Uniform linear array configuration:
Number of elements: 24
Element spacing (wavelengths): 0.25
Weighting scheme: cosine
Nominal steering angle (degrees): -30
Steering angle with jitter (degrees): -29.308
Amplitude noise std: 0.05
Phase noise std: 0.05

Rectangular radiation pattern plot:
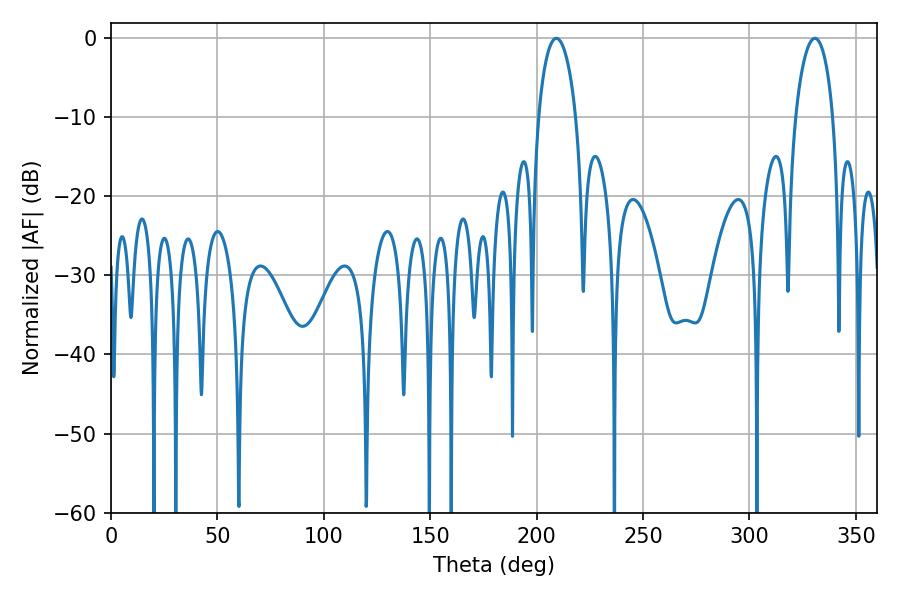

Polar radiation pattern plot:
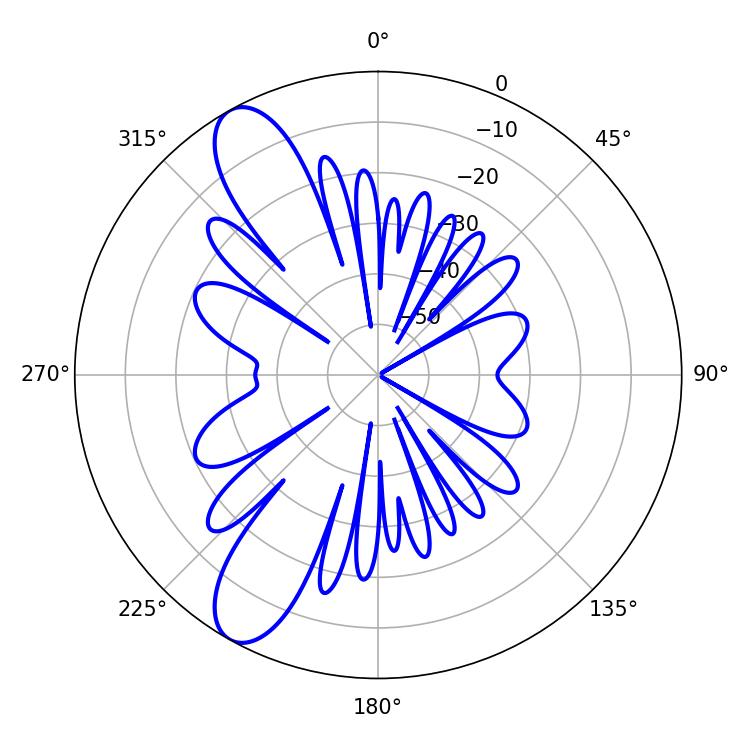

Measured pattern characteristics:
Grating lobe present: FALSE
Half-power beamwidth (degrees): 10.08
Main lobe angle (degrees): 209.34